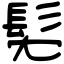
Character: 髧